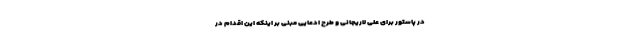
در پاستور برای علی لاریجانی و طرح ادعایی مبنی بر اینکه این اقدام در